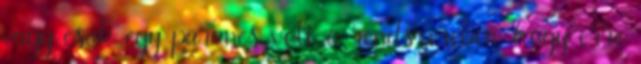
vagy csak egy parancs volt a rendszerében, hogy erre